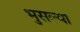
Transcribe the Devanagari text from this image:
भुसल्या